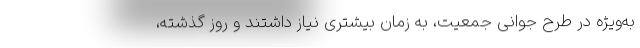
به‌ویژه در طرح جوانی جمعیت، به زمان بیشتری نیاز داشتند و روز گذشته،